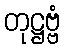
တုဋ္ဌဗ္ဗံ